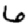
Digit: 6